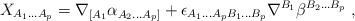
LaTeX: \begin{align*}X_{A_1...A_p} = \nabla_{[A_1}\alpha_{A_2...A_p]} +\epsilon_{A_1...A_pB_1...B_p}\nabla^{B_1}\beta^{B_2...B_p}\ ,\end{align*}